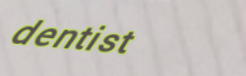
dentist